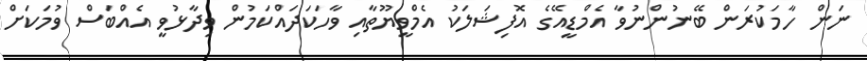
ނަން ހާމަކުރަން ބޭނުންނުވާ އެމްޑީއޭގެ އޮފިޝަލަކު އެމްވީޔޫތާއި ވާހަކަދައްކަމުން ވިދާޅުވީ އެއްބަސް ވުމަކަށް